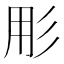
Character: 𭛓